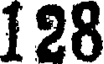
128